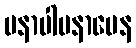
မနာပါမနာပေန